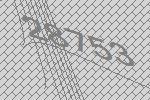
28753